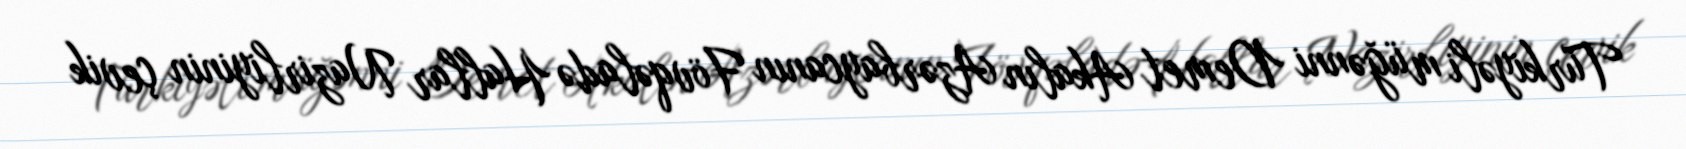
Türkiyəli müğənni Demet Akalın Azərbaycanın Fövqəladə Hallar Nazirliyinin çevik